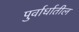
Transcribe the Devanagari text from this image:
पुर्वार्धातील